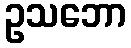
ဥသဘော